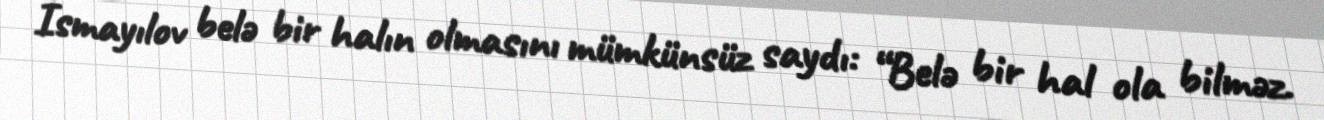
İsmayılov belə bir halın olmasını mümkünsüz saydı: “Belə bir hal ola bilməz.